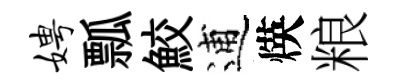
娉瓢鮫逋煐粮